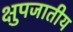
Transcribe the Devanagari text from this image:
क्षुपजातीय